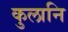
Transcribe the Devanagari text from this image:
कुलानि